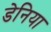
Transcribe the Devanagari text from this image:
डेनिया